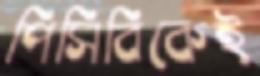
পিসিবিকেই